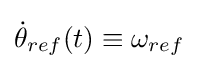
{\dot {\theta }}_{ref}(t)\equiv \omega _{ref}